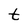
Character: t